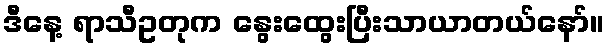
ဒီနေ့ ရာသီဥတုက နွေးထွေးပြီးသာယာတယ်နော်။